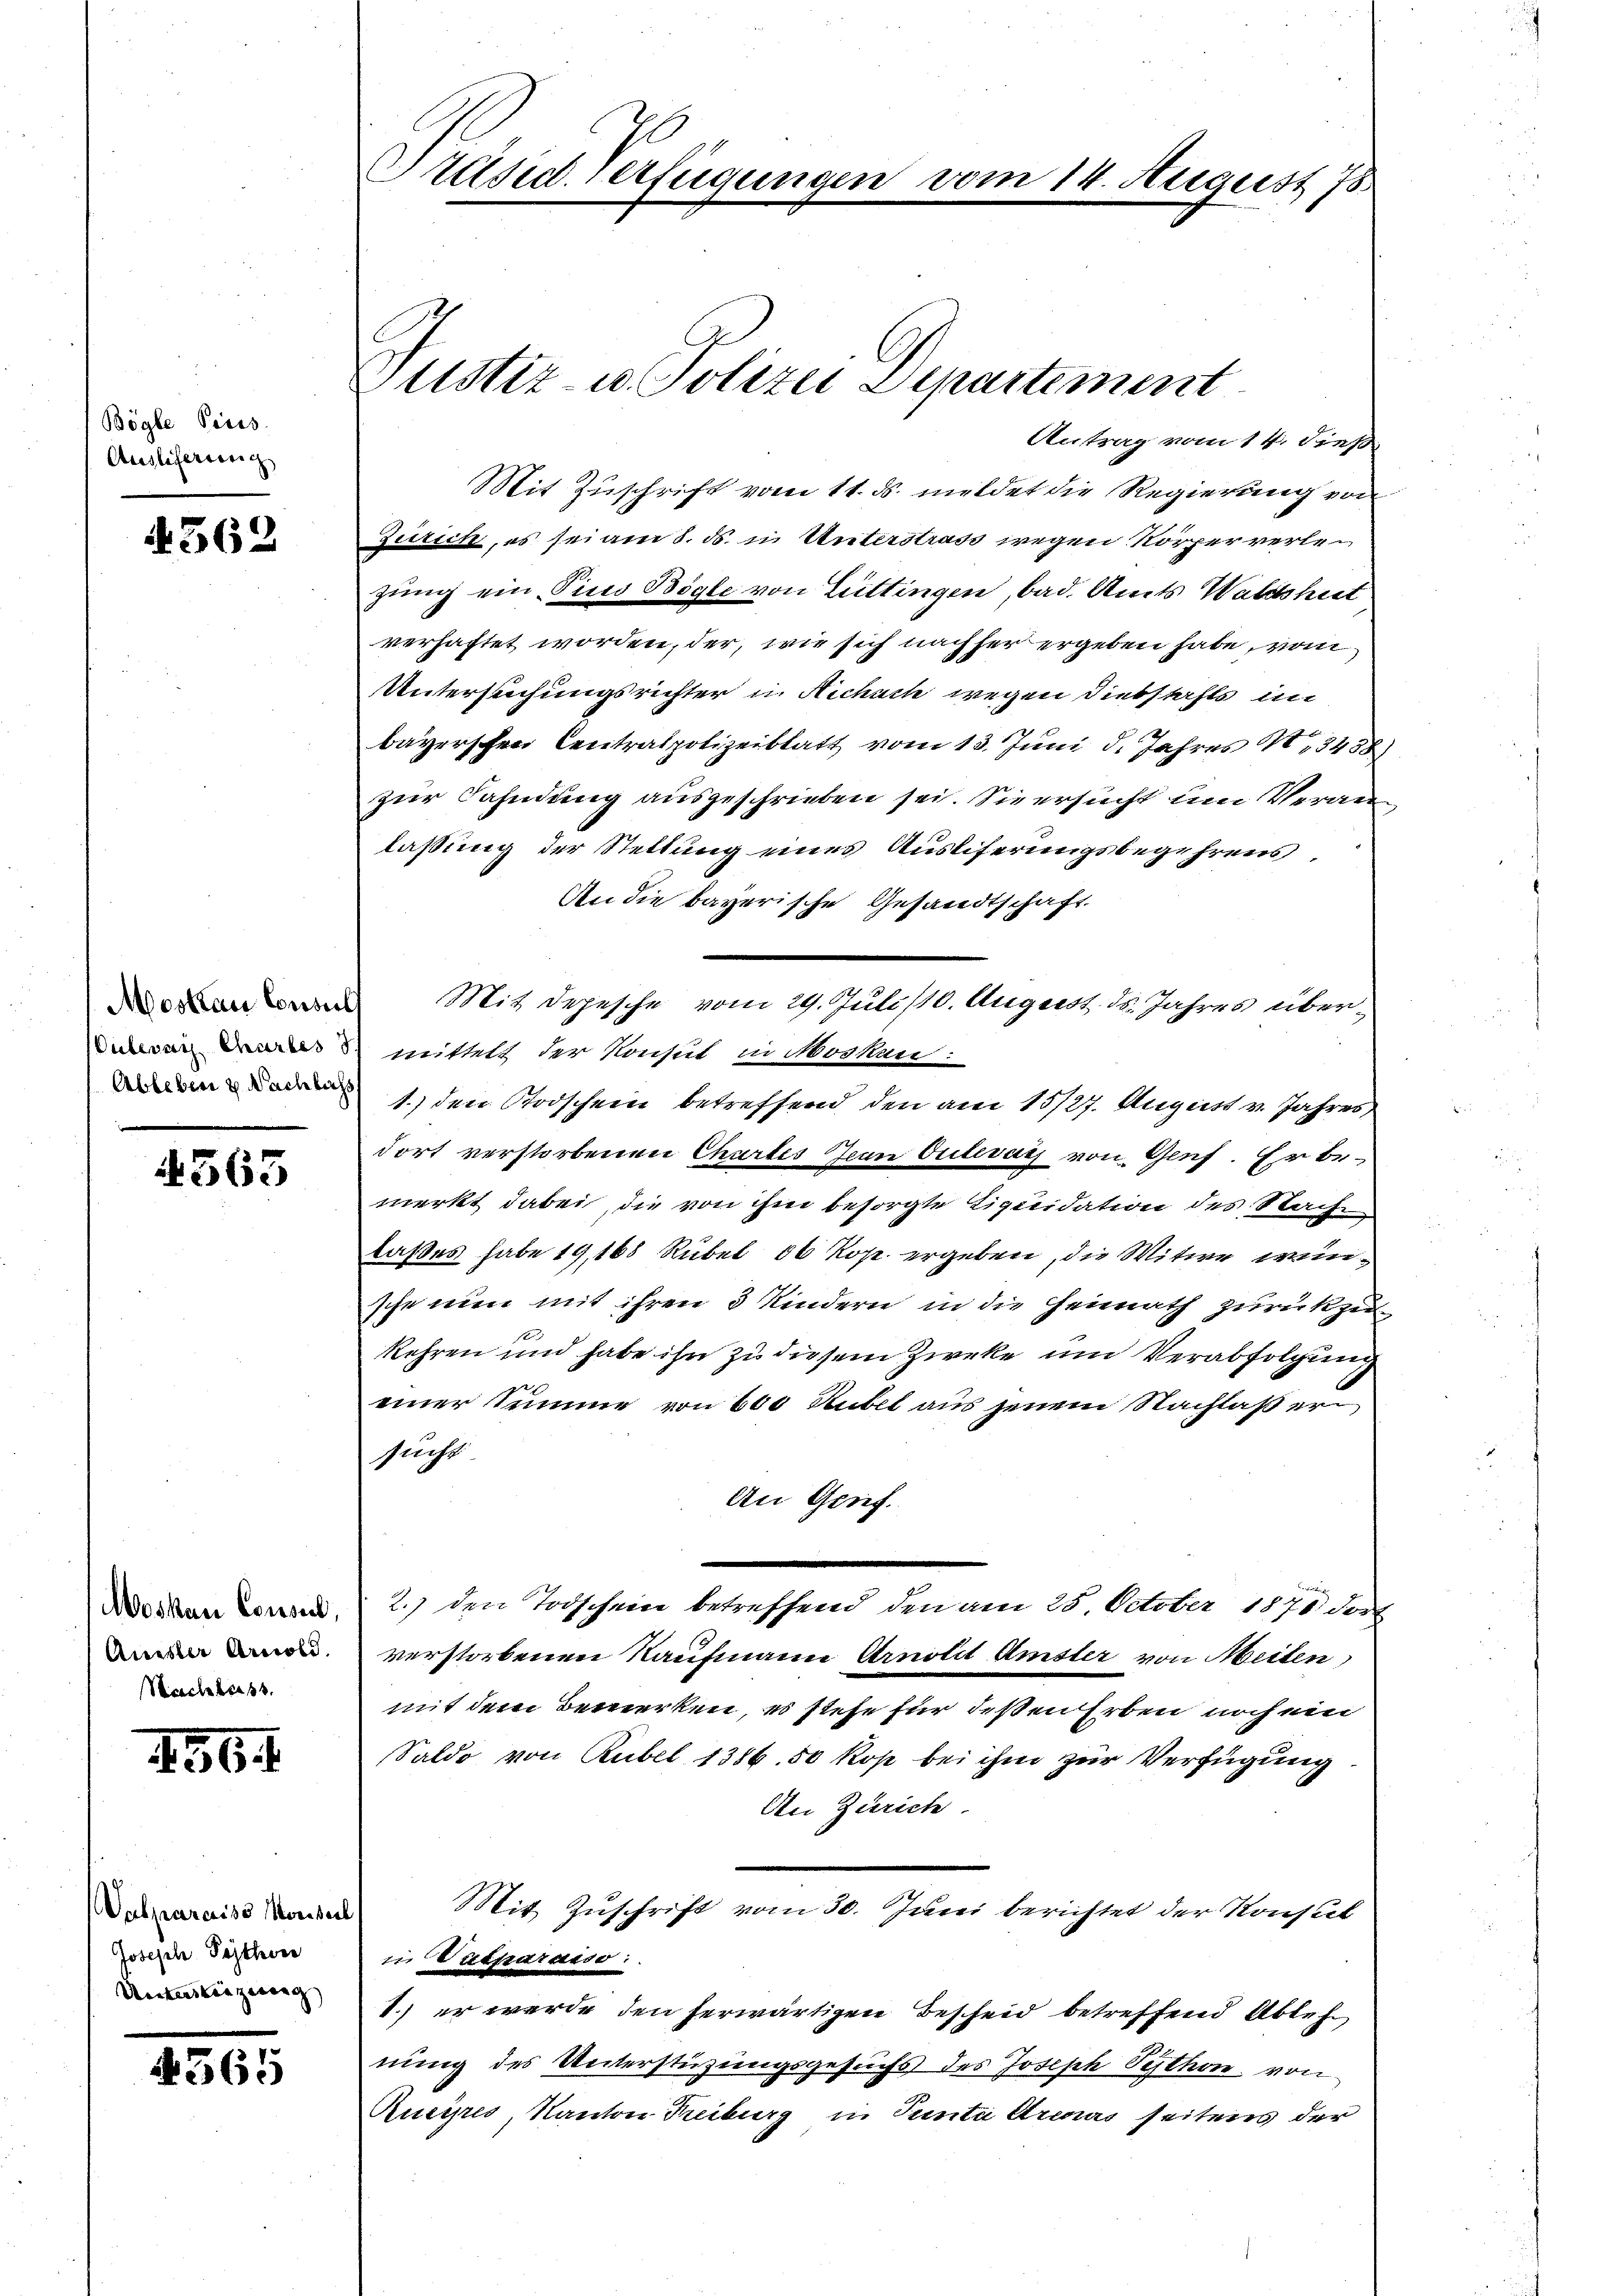
Bögle Preis
Auslichergerich

562

Moskau Consuls
Culevar Chartes d
Ableben v. Nachbars,

4565

Moskau Considl,
Auester Arnold.
Nachbarst

156 f

Valparaiss Monsul
Joseph Pesther
Unterliegeng

4365

Präsid. Verfügungen

Justiz- u. Polizei Departement

Antrag vom 14. dieß
Mit Zuschrift vom 11. ds. meldet die Regierung von
Zürich, es sei am 8. ds. in Unterstrass wegen Körperverlezung ein Pius Bögle von Büttingen, bad. Amts Waldsheit
verhaftet worden, der, wie sich nachher ergeben habe, von
Untersuchungsrichter in Richach wegen Diebstahls in
bayerschen Centralpolizeiblatt vom 13. Juni d. Jahres N. 3458
zur Cahndung ausgeschrieben sei. Sie ersucht um Veranlaßung der Stellung eines Auslieferungsbegehrens,
An die bayerische Gesandtschaft
Mit Depesche vom 29. Juli/10. August ds. Jahres übermittelt der Konsul in Moskau
1.) den Todschein betreffend den am 15/27. August v. Jahres
dort verstorbenen Chartes Jean Culevars von Genf. Er bemerkt dabei, die von ihm besorgte Liquidation des Nachlaßes habe 19,168 Rübel 16 Kop. ergeben, die Witwe, wenische nun mit ihren 3 Kindern in die Heimath zurückzu
s
kehren und habe ihn zu diesem Zwecke um Verabfolgung
einer Summe von 600 Rubel aus jenem Nachlaß ersucht
An Genf.
2.) den Todschein betreffend den am 25. October 1871 dort
verstorbenen Kaufmann Arnold Amster von Meilen
mit dem Bemerken, es stehe für deßen Erben noch ein
Saldo von Rubel 1386. 50 kop bei ihm zur Verfügung.
An Zürich.
Mit Zuschrift vom 30. Juni berichtet der Konsul
in Vitparaiso
1.) er werde den herwärtigen Bescheid betreffend Ableh
nung des Unterstüzungsgesuchs des Joseph Sython von
Rusyris, Kanton Kiburg in Tunta Arenas seitens der

14. August 18